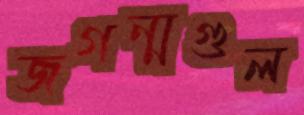
জগন্মগুল